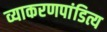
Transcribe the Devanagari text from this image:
व्याकरणपांडित्य